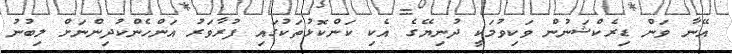
އޭނާ ވަން ޑިރެކްޝަނުން ވަކިވުމަކީ ދުނިޔޭގެ އެކި ކަންކޮޅުތަކުގައި ފުރާވަރު އަންހެންކުދިންނަށް ލިބުނު